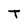
Character: T